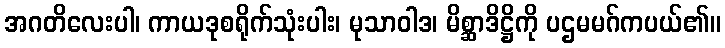
အဂတိလေးပါ၊ ကာယဒုစရိုက်သုံးပါး၊ မုသာဝါဒ၊ မိစ္ဆာဒိဋ္ဌိကို ပဌမမဂ်ကပယ်၏။